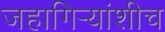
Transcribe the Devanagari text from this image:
जहागिर्‍यांशीच